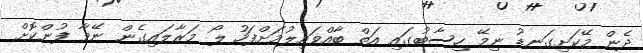
ދެން މޭކަށިގަނޑު ނިމޭ ހިސާބުގައި އަތް ބާއްވައިލުމަށްފަހު ލޯ މަރާލައިގެން ނޭވާ ފުންކޮށް